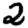
Digit: 2